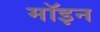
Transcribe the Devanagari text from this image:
मॉइन